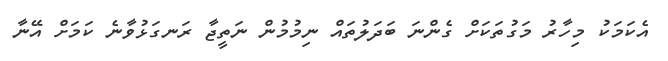
އެކަމަކު މިހާރު މަގުތަކަށް ގެންނަ ބަދަލުތައް ނިމުމުން ނަތީޖާ ރަނގަޅުވާނެ ކަމަށް އޭނާ